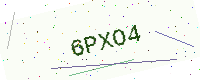
Text: 6PXO4